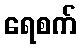
ရေစက်